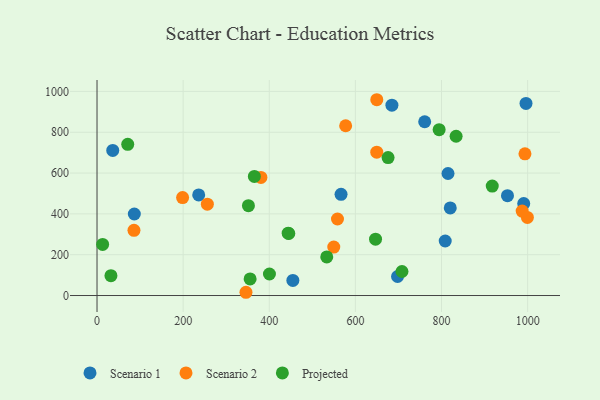
{"axis": {"x": "Investment", "y": "Profit"}, "legend": ["Projected", "Scenario 1", "Scenario 2"], "data": [{"x": "760.9", "y": 851.5, "type": "Scenario 1"}, {"x": "953.2", "y": 489.2, "type": "Scenario 1"}, {"x": "808.6", "y": 267.2, "type": "Scenario 1"}, {"x": "236.1", "y": 492.9, "type": "Scenario 1"}, {"x": "990.9", "y": 450.4, "type": "Scenario 1"}, {"x": "454.8", "y": 74.0, "type": "Scenario 1"}, {"x": "815.1", "y": 597.8, "type": "Scenario 1"}, {"x": "684.8", "y": 932.4, "type": "Scenario 1"}, {"x": "566.7", "y": 495.9, "type": "Scenario 1"}, {"x": "697.9", "y": 93.1, "type": "Scenario 1"}, {"x": "86.6", "y": 399.3, "type": "Scenario 1"}, {"x": "820.3", "y": 429.1, "type": "Scenario 1"}, {"x": "996.2", "y": 941.2, "type": "Scenario 1"}, {"x": "36.5", "y": 710.9, "type": "Scenario 1"}, {"x": "577.4", "y": 831.9, "type": "Scenario 2"}, {"x": "256.2", "y": 447.7, "type": "Scenario 2"}, {"x": "649.6", "y": 702.2, "type": "Scenario 2"}, {"x": "999.4", "y": 382.6, "type": "Scenario 2"}, {"x": "198.7", "y": 479.7, "type": "Scenario 2"}, {"x": "85.8", "y": 319.3, "type": "Scenario 2"}, {"x": "558.4", "y": 374.8, "type": "Scenario 2"}, {"x": "345.9", "y": 15.9, "type": "Scenario 2"}, {"x": "380.6", "y": 578.4, "type": "Scenario 2"}, {"x": "649.7", "y": 959.3, "type": "Scenario 2"}, {"x": "987.3", "y": 413.8, "type": "Scenario 2"}, {"x": "549.8", "y": 237.3, "type": "Scenario 2"}, {"x": "993.8", "y": 694.0, "type": "Scenario 2"}, {"x": "445.3", "y": 303.9, "type": "Projected"}, {"x": "71.3", "y": 740.8, "type": "Projected"}, {"x": "708.2", "y": 117.6, "type": "Projected"}, {"x": "794.5", "y": 812.6, "type": "Projected"}, {"x": "355.5", "y": 81.1, "type": "Projected"}, {"x": "675.9", "y": 676.1, "type": "Projected"}, {"x": "443.9", "y": 305.5, "type": "Projected"}, {"x": "13.0", "y": 250.3, "type": "Projected"}, {"x": "917.8", "y": 536.0, "type": "Projected"}, {"x": "400.4", "y": 105.4, "type": "Projected"}, {"x": "365.4", "y": 583.7, "type": "Projected"}, {"x": "833.9", "y": 780.4, "type": "Projected"}, {"x": "351.6", "y": 440.4, "type": "Projected"}, {"x": "533.5", "y": 188.9, "type": "Projected"}, {"x": "32.3", "y": 97.2, "type": "Projected"}, {"x": "646.8", "y": 276.2, "type": "Projected"}]}